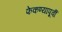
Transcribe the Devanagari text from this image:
फेकण्यापूर्वी